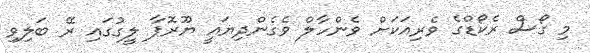
މި ގޯސް ރެކޯޑްގެ ވެރިއަކަށް ވެންހާލް ވެގެންދިޔައީ ޔޫރޮޕާ ލީގުގައި ރޭ ބަލިވި